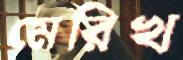
মেরিখ